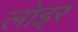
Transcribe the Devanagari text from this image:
लोइर